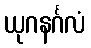
ယုဂနင်္ဂလံ